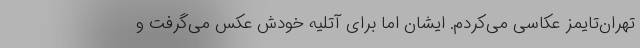
تهران‌تایمز عکاسی می‌کردم. ایشان اما برای آتلیه خودش عکس می‌گرفت و